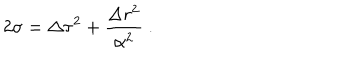
LaTeX: 2 \sigma = \Delta \tau ^ { 2 } + \frac { \Delta r ^ { 2 } } { \alpha ^ { 2 } } \ .